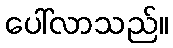
ပေါ်လာသည်။